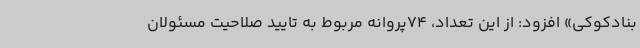
بنادکوکی» افزود: از این تعداد، 74پروانه مربوط به تایید صلاحیت مسئولان